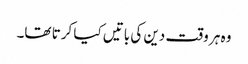
وہ ہر وقت دین کی باتیں کیا کرتا تھا۔